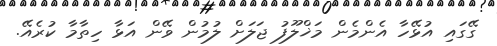
ގޭގައި އުޅޭހާ އެންމެން މަޚްލޫފު ޖަލަށް ލުމުން ވޭން އަޅާ ހިތާމާ ކުރެއޭ.